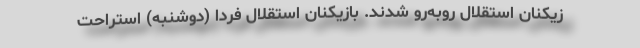
زیکنان استقلال روبه‌رو شدند. بازیکنان استقلال فردا (دوشنبه) استراحت